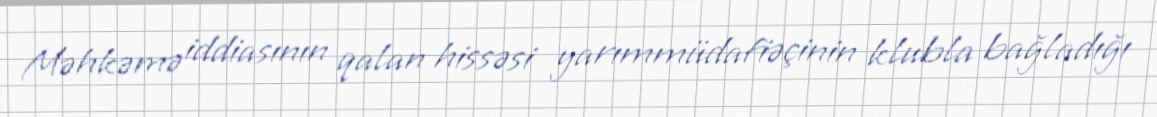
Məhkəmə iddiasının qalan hissəsi yarımmüdafiəçinin klubla bağladığı